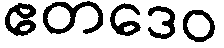
ဧတဒေဝ